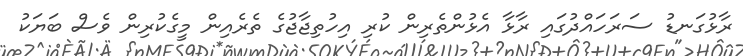
ރާޅުގަނޑު ސަރަހައްދުގައި ރާޅާ އެޅުންތެރިން ކުރި އިހުތިޖާޖުގެ ތެރެއިން މީގެކުރިން ވެސް ބަޔަކު